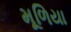
મૂળિયા